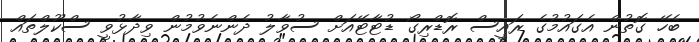
ބެހޭ ގޮތުން އެގައުމުގެ ރައީސް ރޮޑްރިގޯ ޑުޓާޓޭއަށް ސުވާލު ދެންނެވުމުން ވިދާޅުވީ ސްކޫލްތައް